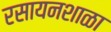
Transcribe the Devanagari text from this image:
रसायनशाळा